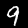
Label: 9